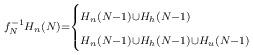
LaTeX: \begin{align*} \scriptstyle f_N^{-1} H_n(N)=\begin{cases}\scriptstyle H_n(N-1) \cup H_h (N-1) & \scriptstyle \\\scriptstyle H_n(N-1) \cup H_h (N-1) \cup H_u(N-1) & \scriptstyle \end{cases}\end{align*}